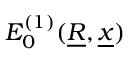
E _ { 0 } ^ { ( 1 ) } ( \underline { { R } } , \underline { { x } } )